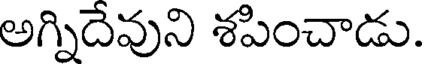
అగ్నిదేవుని శపించాడు.